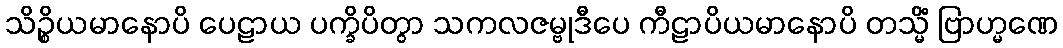
သိဉ္စိယမာနောပိ ပေဠာယ ပက္ခိပိတွာ သကလဇမ္ဗုဒီပေ ကီဠာပိယမာနောပိ တသ္မိံ ဗြာဟ္မဏေ